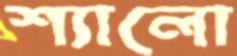
শ্যালো